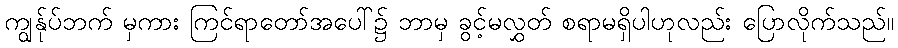
ကျွန်ုပ်ဘက် မှကား ကြင်ရာတော်အပေါ်၌ ဘာမှ ခွင့်မလွှတ် စရာမရှိပါဟုလည်း ပြောလိုက်သည်။